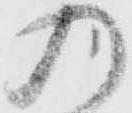
乃